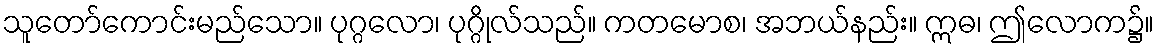
သူတော်ကောင်းမည်သော။ ပုဂ္ဂလော၊ ပုဂ္ဂိုလ်သည်။ ကတမောစ၊ အဘယ်နည်း။ ဣဓ၊ ဤလောက၌။